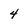
Character: 4